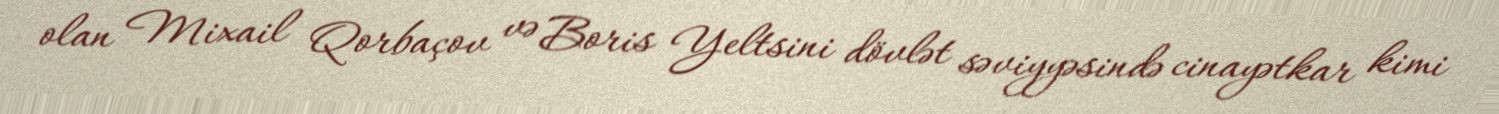
olan Mixail Qorbaçov və Boris Yeltsini dövlət səviyyəsində cinayətkar kimi